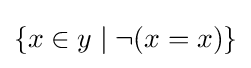
\{x\in y\mid \neg (x=x)\}